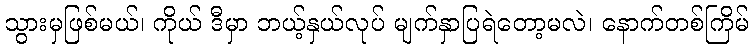
သွားမှဖြစ်မယ်၊ ကိုယ် ဒီမှာ ဘယ့်နှယ်လုပ် မျက်နှာပြရဲတော့မလဲ၊ နောက်တစ်ကြိမ်